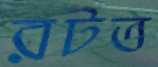
রটত